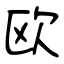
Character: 欧